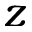
z